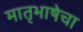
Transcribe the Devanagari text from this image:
मातृभाषेचा